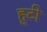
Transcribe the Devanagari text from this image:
हूटी